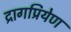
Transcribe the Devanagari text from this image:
द्रागप्रियेण